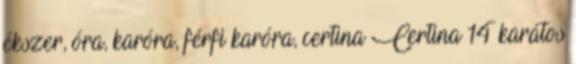
ékszer, óra, karóra, férfi karóra, certina Certina 14 karátos